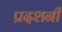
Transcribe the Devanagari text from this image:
प्रदशनी